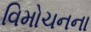
વિમોચનના